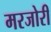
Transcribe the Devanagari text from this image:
मरजोरी